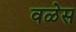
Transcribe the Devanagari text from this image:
वळेस